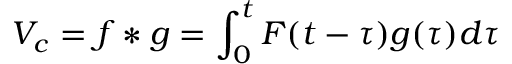
V _ { c } = f * g = \int _ { 0 } ^ { t } F ( t - \tau ) g ( \tau ) d \tau